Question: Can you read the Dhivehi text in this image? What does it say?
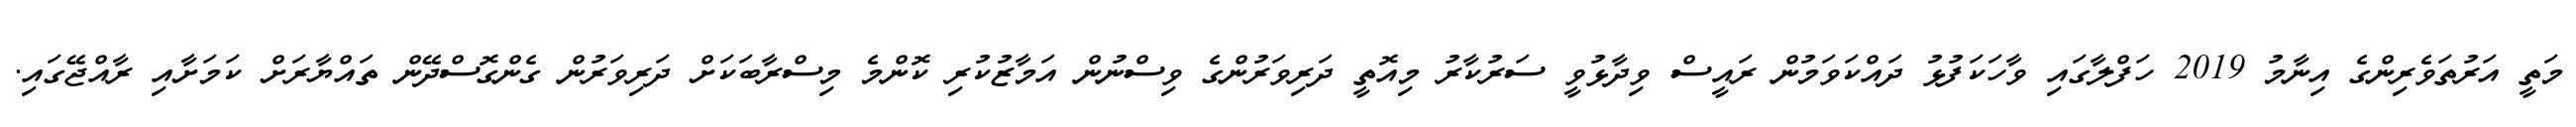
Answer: މަތީ އަރުތަވެރިންގެ އިނާމު 2019 ހަފްލާގައި ވާހަކަފުޅު ދައްކަވަމުން ރައީސް ވިދާޅުވީ ސަރުކާރު މިއޮތީ ދަރިވަރުންގެ ވިސްނުން އަމާޒުކުރި ކޮންމެ މިސްރާބަކަށް ދަރިވަރުން ގެންގޮސްދޭން ތައްޔާރަށް ކަމަށާއި ރާއްޖޭގައި.